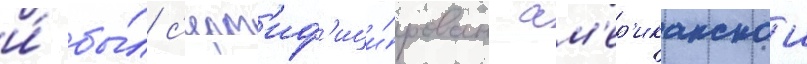
и́ бы́л с'ерт'иф'ици́рован ам'ер'иканскои